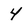
Character: 4